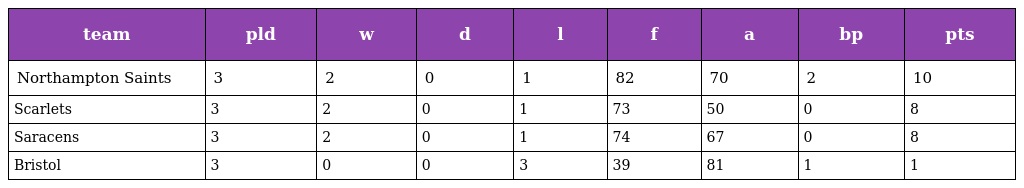
| team | pld | w | d | l | f | a | bp | pts |
 | --- | --- | --- | --- | --- | --- | --- | --- | --- |
 | Northampton Saints | 3 | 2 | 0 | 1 | 82 | 70 | 2 | 10 |
 | Scarlets | 3 | 2 | 0 | 1 | 73 | 50 | 0 | 8 |
 | Saracens | 3 | 2 | 0 | 1 | 74 | 67 | 0 | 8 |
 | Bristol | 3 | 0 | 0 | 3 | 39 | 81 | 1 | 1 |